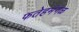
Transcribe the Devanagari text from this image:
फतेहमंगळ